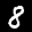
Label: 8